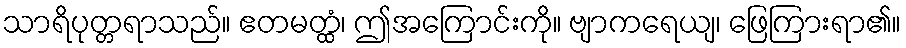
သာရိပုတ္တရာသည်။ ဧတမတ္ထံ၊ ဤအကြောင်းကို။ ဗျာကရေယျ၊ ဖြေကြားရာ၏။